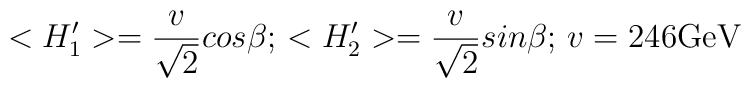
<H'_1>={v\over {\sqrt 2}}cos\beta;\, <H'_2>={v\over {\sqrt2}}sin\beta;\,v=246{\rm GeV}